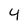
Character: 4